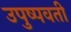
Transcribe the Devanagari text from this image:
उपुष्पवती